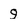
Character: 9